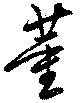
董